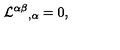
{ { \cal L } ^ { \alpha \beta } } _ { , \alpha } = 0 ,